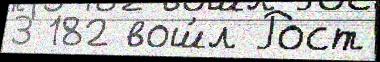
3 182 вош́л Рост